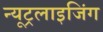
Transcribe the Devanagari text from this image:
न्यूट्रलाइजिंग